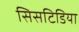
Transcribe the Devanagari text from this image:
सिसटिडिया